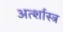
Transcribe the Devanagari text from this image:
अर्त्शास्त्र